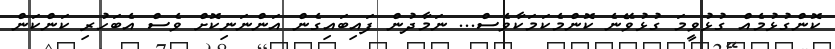
ކޮންގުޅުމެއް ގުޅުވީމަ ގުޅުވޭނެ ކޮންމެކަމަކާވެސް... ނަމާދުން ފައިބައިގެން އަންނަނިކޮށް ވެސް އެބަހުރި ކަންކަން